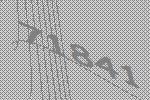
71841